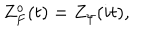
Z _ { F } ^ { o } ( t ) = Z _ { \psi } ( i t ) ,